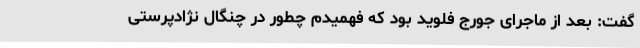
گفت: بعد از ماجرای جورج فلوید بود که فهمیدم چطور در چنگال نژادپرستی